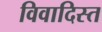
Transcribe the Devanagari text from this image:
विवादिस्त